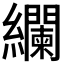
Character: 𮉚